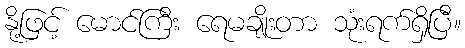
နို့ဖြင့် မောင်ကြီး ရေမချိုးတာ သုံးရက်ရှိပြီ။